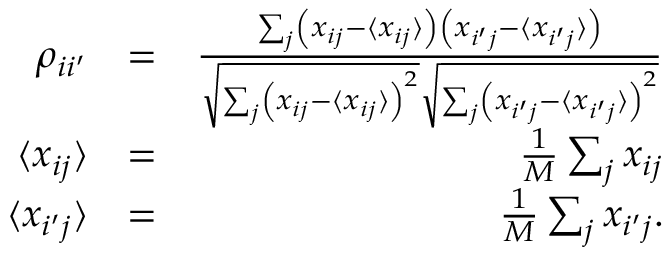
\begin{array} { r l r } { \rho _ { i i ^ { \prime } } } & { = } & { \frac { \sum _ { j } \left( x _ { i j } - \langle x _ { i j } \rangle \right) \left( x _ { i ^ { \prime } j } - \langle x _ { i ^ { \prime } j } \rangle \right) } { \sqrt { \sum _ { j } \left( x _ { i j } - \langle x _ { i j } \rangle \right) ^ { 2 } } \sqrt { \sum _ { j } \left( x _ { i ^ { \prime } j } - \langle x _ { i ^ { \prime } j } \rangle \right) ^ { 2 } } } } \\ { \langle x _ { i j } \rangle } & { = } & { \frac { 1 } { M } \sum _ { j } x _ { i j } } \\ { \langle x _ { i ^ { \prime } j } \rangle } & { = } & { \frac { 1 } { M } \sum _ { j } x _ { i ^ { \prime } j } . } \end{array}